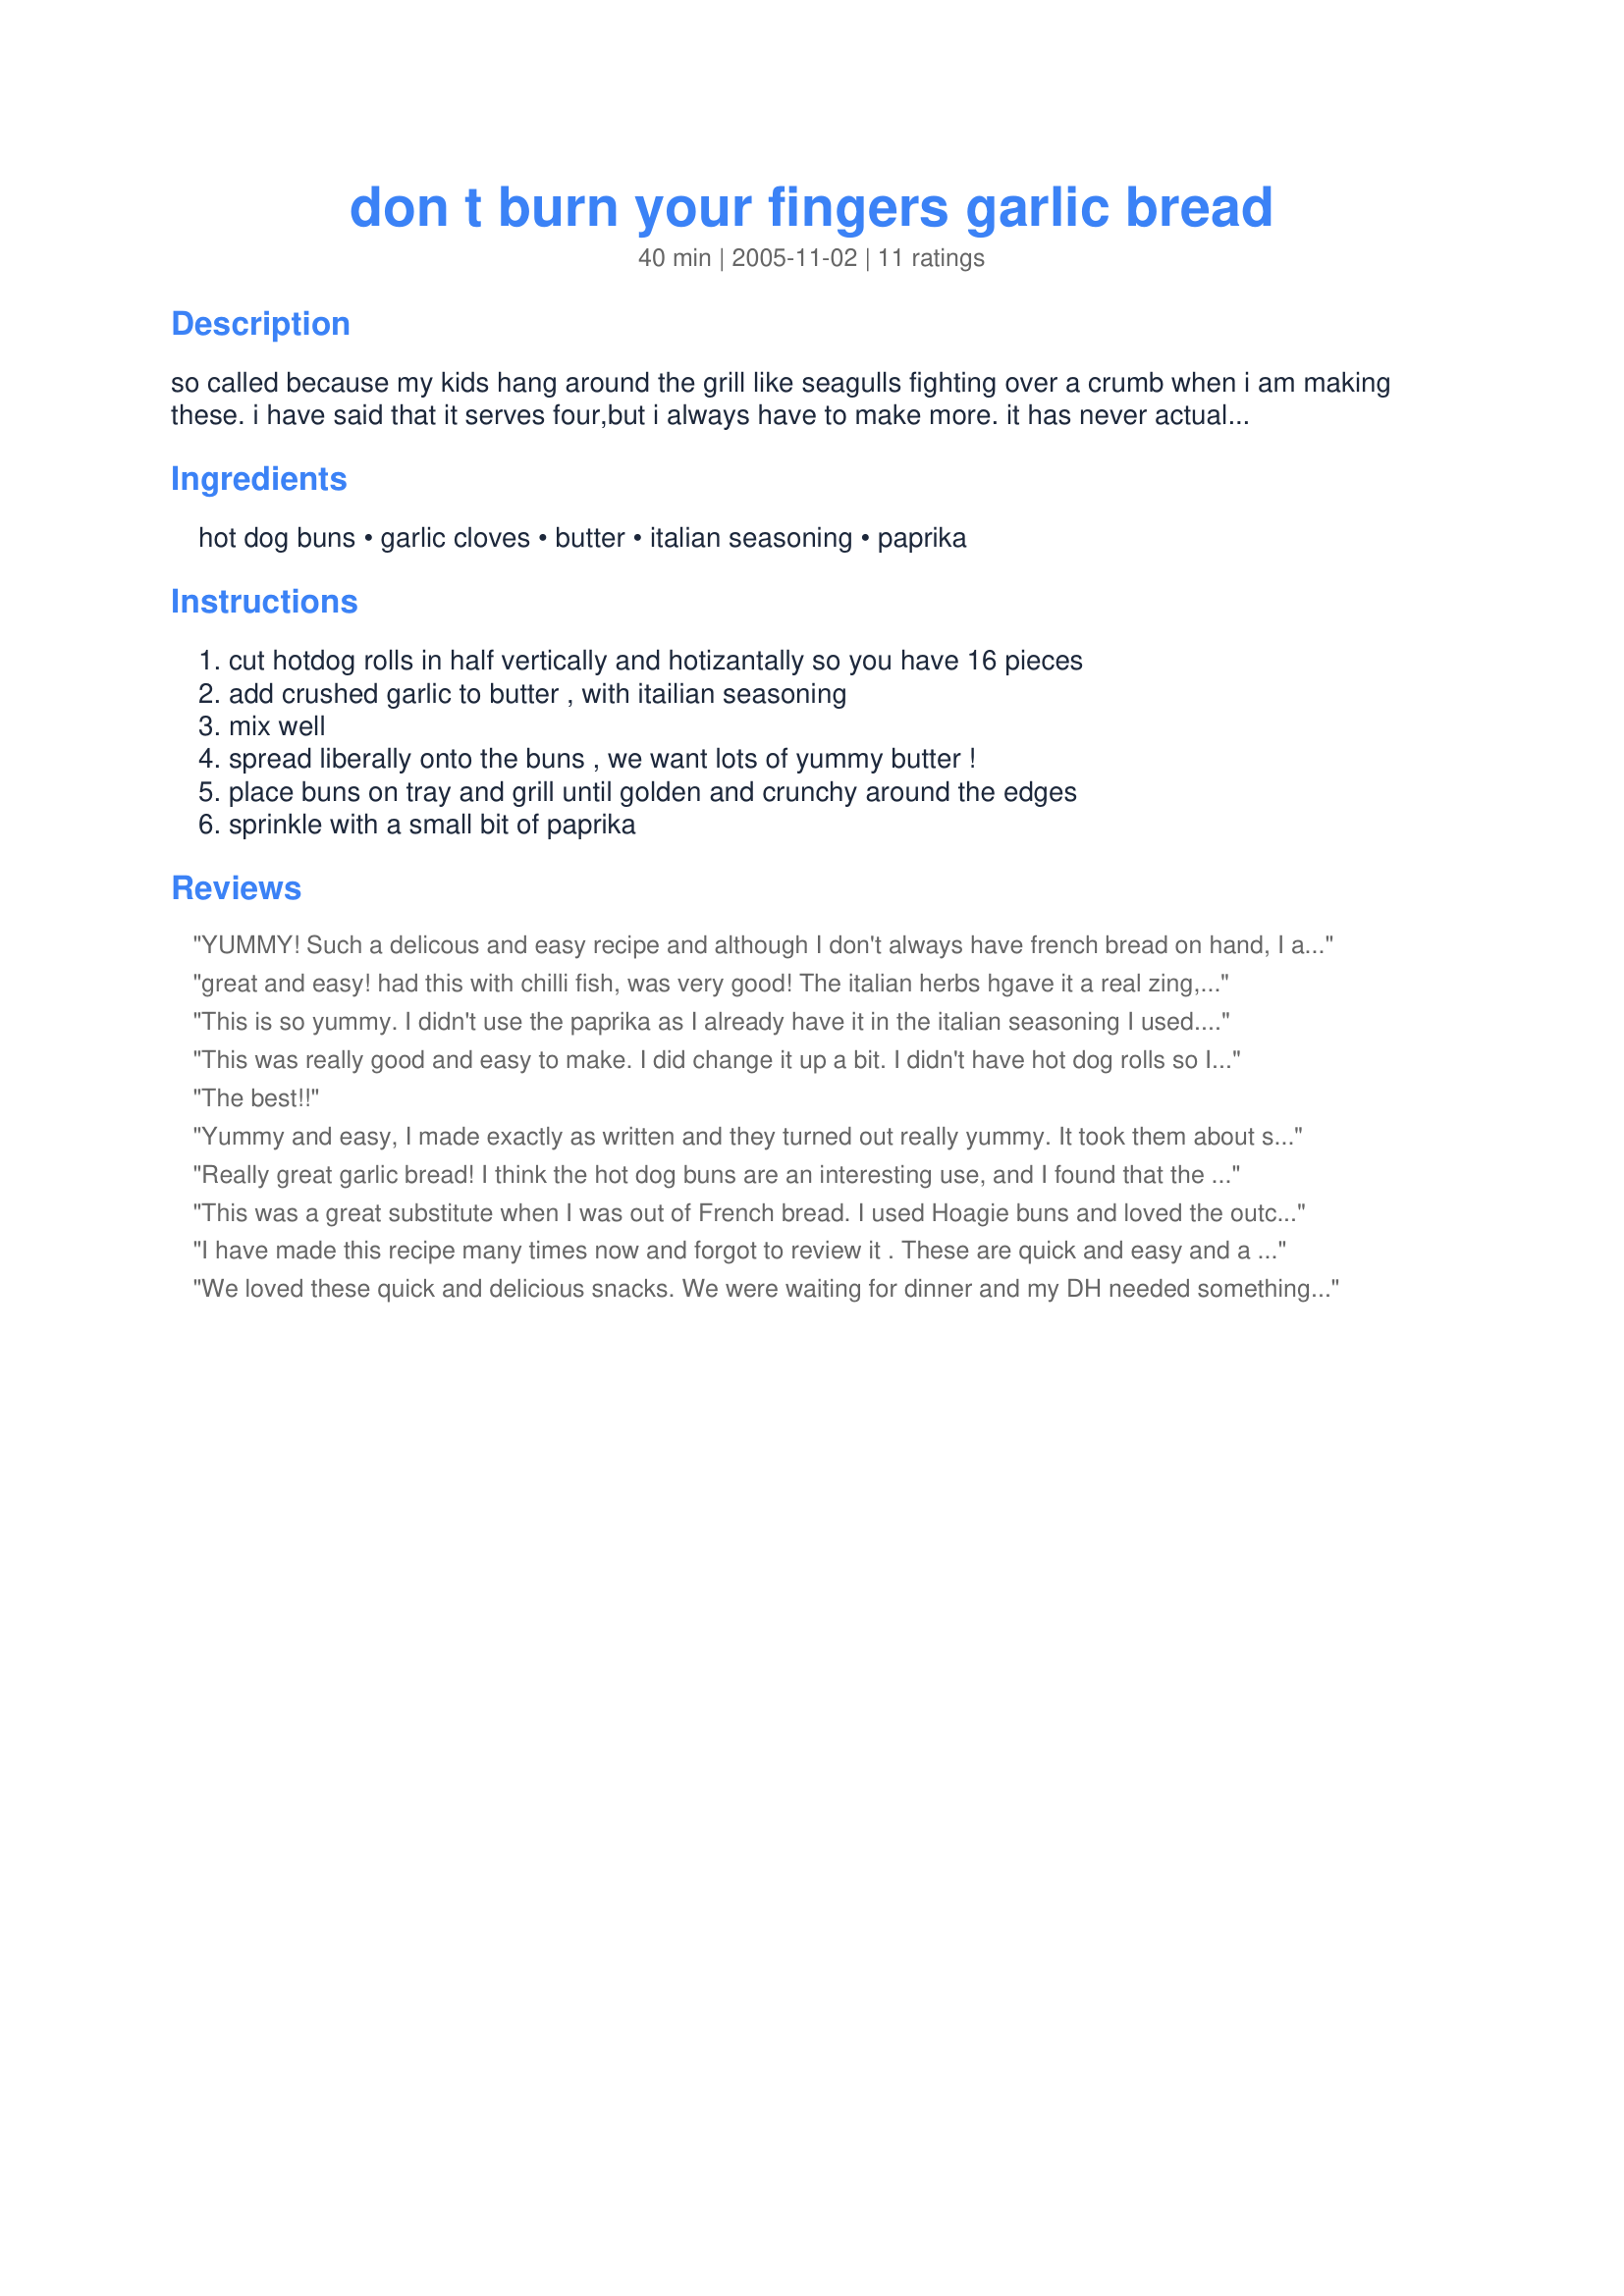
don t burn your fingers garlic bread
Preparation time: 40 minutes

so called because my kids hang around the grill like seagulls fighting over a crumb when i am making these.

i have said that it serves four,but i always have to make more.

it has never actually made it to the table yet ......

Ingredients:
hot dog buns, garlic cloves, butter, italian seasoning, paprika

Steps:
cut hotdog rolls in half vertically and hotizantally so you have 16 pieces, add crushed garlic to butter , with itailian seasoning, mix well, spread liberally onto the buns , we want lots of yummy butter !, place buns on tray and grill until golden and crunchy around the edges, sprinkle with a small bit of paprika

Reviews:
YUMMY! Such a delicous and easy recipe and although I don't always have french bread on hand, I always have hot dog and hamburger buns on hand! I made this bread to go with Chef #217482 's Recipe #145038 and WOW!
great and easy! had this with chilli fish, was very good!
The italian herbs hgave it a real zing, I and I would suggest you make it early, and let the whole thing meld!
This is so yummy. I didn't use the paprika as I already have it in the italian seasoning I used. I used baguette slices. Thanks djmastermum :) Made for Cookbook tag game
This was really good and easy to make. I did change it up a bit. I didn't have hot dog rolls so I used hamburger buns and just cut them in half. I followed the rest of the recipe as written other then I didn't sprinkle them with paprika. For us, we could use a lot more garlic but other then that, I wouldn't change a thing. Great way to make garlic bread with items I normally have on hand.
The best!!
Yummy and easy, I made exactly as written and they turned out really yummy. It took them about seven minutes to get the bread crunchy brown and the butter oozing. Thank you djmastermum
Really great garlic bread! I think the hot dog buns are an interesting use, and I found that the softer the buns the better the garlic bread.
This was a great substitute when I was out of French bread. I used Hoagie buns and loved the outcome. Thanks for sharing. Made for Cookbook Tag.
I have made this recipe many times now and forgot to review it . These are quick and easy and a good way to use up the odd hamburger or hotdog bun you might have laying around. I use granulated garlic instead of fresh and sometimes top with parm. or mozzarella cheese and place under the broiler, keep a close eye on them as they burn easily. Thank you for the recipe.
We loved these quick and delicious snacks. We were waiting for dinner and my DH needed something quick to tide him over. I forgot to sprinkly the paprika, next time. Made for AZ swap Nov. 2009.
You must try at least once! I used french bread instead of hot dog buns. Great flavor and very easy to do. It's a keeper for me.
